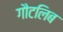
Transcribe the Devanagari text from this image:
गौटलिब